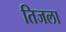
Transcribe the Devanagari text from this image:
तिजला